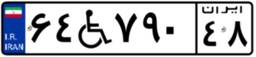
۸۶W۶۸۹۵۱